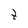
Character: t